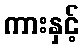
ကားနှင့်